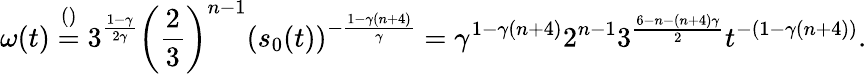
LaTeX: \omega(t)\stackrel{()}=3^{\frac{1-\gamma}{2\gamma}}\left(\frac 23\right)^{n-1}(s_{0}(t))^{-\frac{1-\gamma(n+4)}{\gamma}}=\gamma^{1-\gamma(n+4)}2^{n-1}3^{\frac{6-n-(n+4)\gamma}{2}}t^{-(1-\gamma(n+4))}.